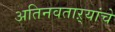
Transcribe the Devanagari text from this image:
अतिनवताऱ्यांचे